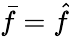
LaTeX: {\bar{f}}={\hat{f}}